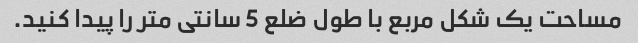
مساحت یک شکل مربع با طول ضلع 5 سانتی متر را پیدا کنید.